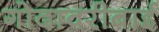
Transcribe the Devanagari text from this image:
गोदावरीबाई